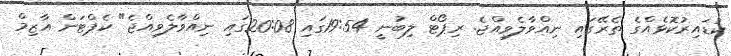
ކުޑައިރުކޮޅެއްގެ ތެރޭގައި ނިއްވާލެވިއްޖެ. ރިޕޯޓް ލިބުނީ 19:54ގައި 20:08ގައި ނިއްވާލެވިއްޖެ" ކެޕްޓަން އާޒިމް